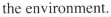
the environment.